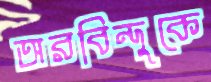
অরবিন্দুকে